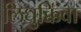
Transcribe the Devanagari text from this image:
लिघुक्किंवा